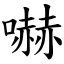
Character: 嚇